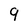
Character: 9